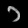
Digit: ၁